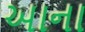
આના